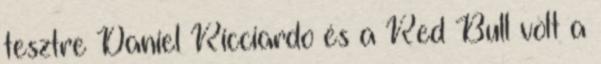
tesztre Daniel Ricciardo és a Red Bull volt a